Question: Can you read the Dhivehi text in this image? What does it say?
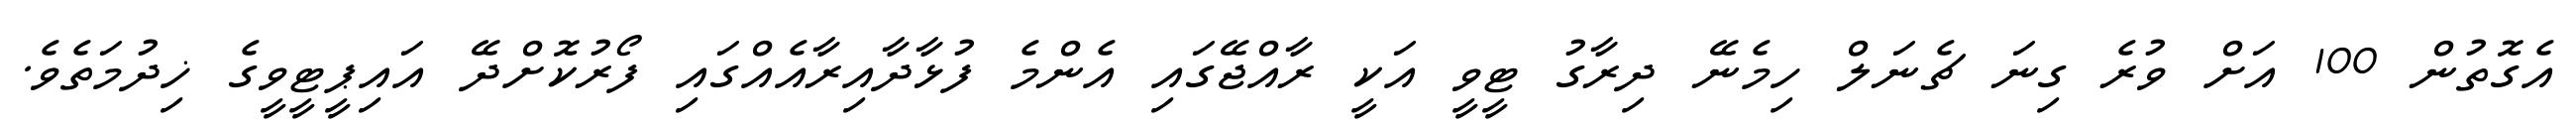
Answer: އެގޮތުން 100 އަށް ވުރެ ގިނަ ޗެނަލް ހިމެނޭ ދިރާގު ޓީވީ އަކީ ރާއްޖޭގައި އެންމެ ފުޅާދާއިރާއެއްގައި ފޯރުކޮށްދޭ އައިޕީޓީވީގެ ޚިދުމަތެވެ.